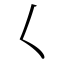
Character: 𡿨